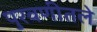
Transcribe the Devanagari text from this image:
पुरवणीतले